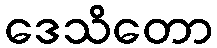
ဒေသိတော